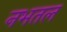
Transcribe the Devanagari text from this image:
नभतल